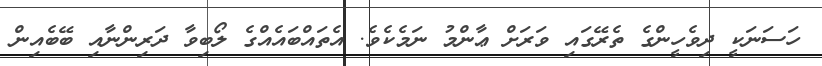
ހަސަނަކީ ދިވެހީންގެ ތެރޭގައި ވަރަށް ޢާންމު ނަމެކެވެ. އެތައްބައެއްގެ ލޯބިވާ ދަރިންނާއި ބޭބެއިން